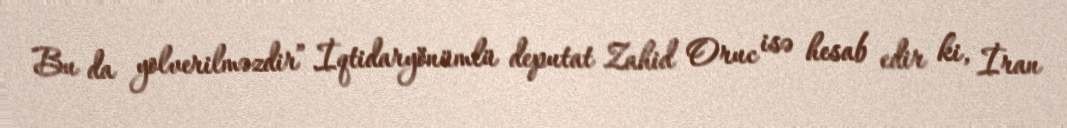
Bu da yolverilməzdir”.İqtidaryönümlü deputat Zahid Oruc isə hesab edir ki, İran